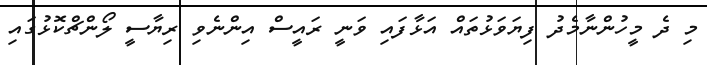
މި ދެ މީހުންނާމެދު ފިޔަވަޅުތައް އަޅާފައި ވަނީ ރައީސް އިންނެވި ރިޔާސީ ލޯންޗްކޮޅުގައި